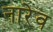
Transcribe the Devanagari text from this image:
नारेव